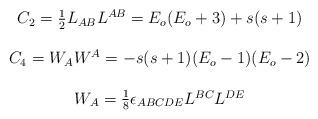
\begin{align*}\begin{array}{c}C_2=\frac 12L_{AB}L^{AB}=E_o(E_o+3)+s(s+1) \\\\C_4=W_AW^A=-s(s+1)(E_o-1)(E_o-2) \\\\W_A=\frac 18\epsilon _{ABCDE}L^{BC}L^{DE}\end{array}\end{align*}